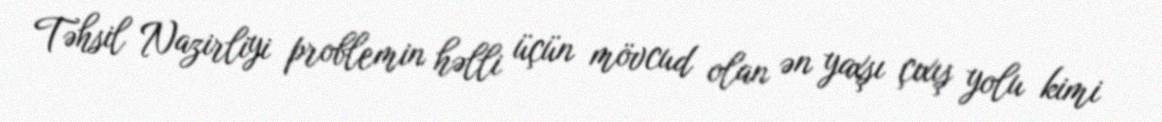
Təhsil Nazirliyi problemin həlli üçün mövcud olan ən yaxşı çıxış yolu kimi